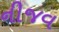
નીજવ